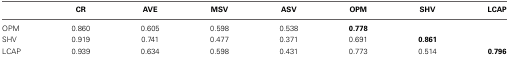
<table><thead><tr><td></td><td><b>CR</b></td><td><b>AVE</b></td><td><b>MSV</b></td><td><b>ASV</b></td><td><b>OPM</b></td><td><b>SHV</b></td><td><b>LCAP</b></td></tr></thead><tbody><tr><td>OPM</td><td>0.860</td><td>0.605</td><td>0.598</td><td>0.538</td><td><b>0.778</b></td><td></td><td></td></tr><tr><td>SHV</td><td>0.919</td><td>0.741</td><td>0.477</td><td>0.371</td><td>0.691</td><td><b>0.861</b></td><td></td></tr><tr><td>LCAP</td><td>0.939</td><td>0.634</td><td>0.598</td><td>0.431</td><td>0.773</td><td>0.514</td><td><b>0.796</b></td></tr></tbody></table>